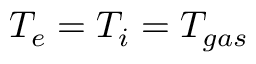
T _ { e } = T _ { i } = T _ { g a s }